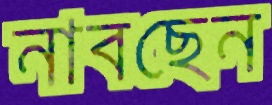
নাবছেন